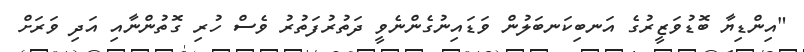
"އިންޑިޔާ ބޮޑުވަޒީރުގެ އަނބިކަނބަލުން ވަޑައިނުގެންނެވީ ދަތުރުފަތުރު ވެސް ހުރި ގޮތުންނާއި އަދި ވަރަށް